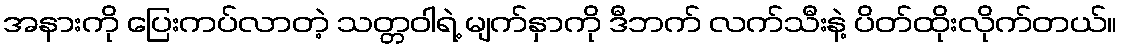
အနားကို ပြေးကပ်လာတဲ့ သတ္တဝါရဲ့ မျက်နှာကို ဒီဘက် လက်သီးနဲ့ ပိတ်ထိုးလိုက်တယ်။